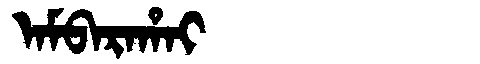
Manchu: ᠠᠮᠪᠠᡵᠠᡥᠠᡳ
Romanization: AMBARAHAI